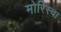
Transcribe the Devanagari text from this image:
मोरिस्चा